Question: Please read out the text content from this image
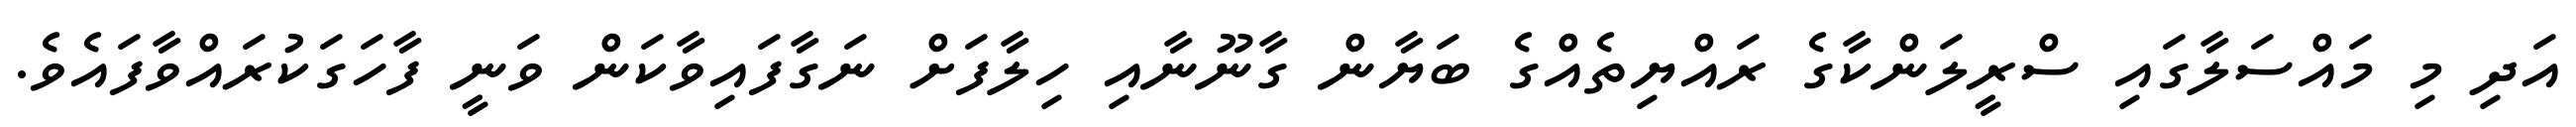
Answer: އަދި މި މައްސަލާގައި ސްރީލަންކާގެ ރައްޔިތެއްގެ ބަޔާން ގާނޫނާއި ހިލާފަށް ނަގާފައިވާކަން ވަނީ ފާހަގަކުރައްވާފައެވެ.